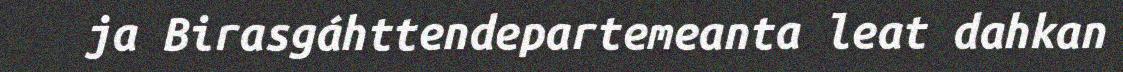
ja Birasgáhttendepartemeanta leat dahkan